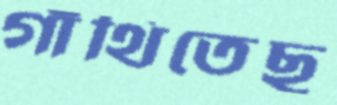
গাঁথিতেছ